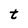
Character: t